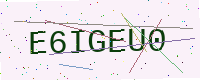
Text: E6IGEU0